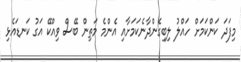
މިފަދަ ކަންކަމަށް ހައްލު ލިބިގެންދާނެކަމަށާއި އެންމެ މަތިން ބޭސް ވިއްކޭ އަގު ކަނޑައެޅި